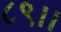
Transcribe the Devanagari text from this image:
८९।।